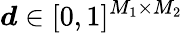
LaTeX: \boldsymbol{d}\in[0,1]^{M_{1}\times M_{2}}